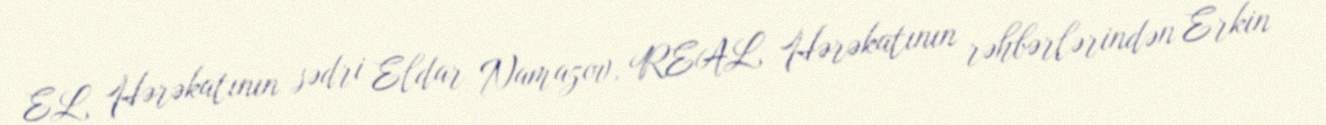
EL Hərəkatının sədri Eldar Namazov, REAL Hərəkatının rəhbərlərindən Erkin